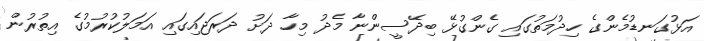
އަޅުގަނޑުމެންގެ ހިދުމަތުގައި ގެންގުޅޭ ބިދޭސީންނާ މެދު މިހާ ދަށު ދަރަޖައިގައި އަމަލުކުރުމުގެ އިތުރުން